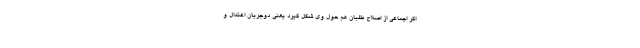
اگر اجماعی از اصلاح طلبان هم حول وی شکل گیرد یعنی دوجریان اعتدال و